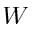
W